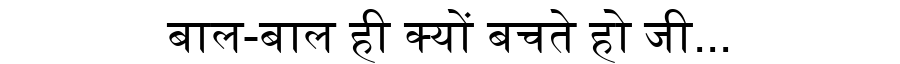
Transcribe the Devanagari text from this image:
बाल-बाल ही क्यों बचते हो जी...